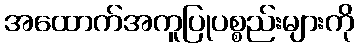
အထောက်အကူပြုပစ္စည်းများကို